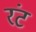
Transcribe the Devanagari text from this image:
रंट